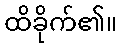
ထိခိုက်၏။